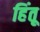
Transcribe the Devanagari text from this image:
हिंतू